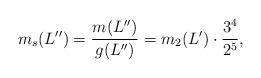
LaTeX: \begin{align*}m_s(L'')=\frac{m(L'')}{g(L'')}=m_2(L')\cdot \frac{3^4}{2^5},\end{align*}